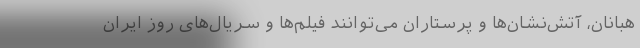
هبانان، آتش‌نشان‌ها و پرستاران می‌توانند فیلم‌ها و سریال‌های روز ایران